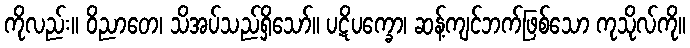
ကိုလည်း။ ဝိညာတေ၊ သိအပ်သည်ရှိသော်။ ပဋိပက္ခော၊ ဆန့်ကျင်ဘက်ဖြစ်သော ကုသိုလ်ကို။